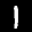
Label: 1